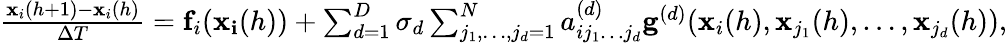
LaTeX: \begin{array}{l}{\frac{\mathbf{x}_{i}(h+1)-\mathbf{x}_{i}(h)}{\Delta T}=\mathbf{f}_{i}(\mathbf{x_{i}}(h))+\sum_{d=1}^{D}\sigma_{d}\sum_{j_{1},\dots,j_{d}=1}^{N}a_{ij_{1}\dots j_{d}}^{(d)}\mathbf{g}^{(d)}(\mathbf{x}_{i}(h),\mathbf{x}_{j_{1}}(h),\dots,\mathbf{x}_{j_{d}}(h)),}\end{array}